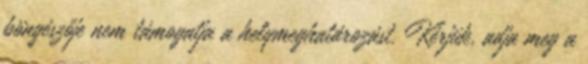
böngészője nem támogatja a helymeghatározást. Kérjük, adja meg a